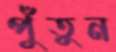
পুঁতুন